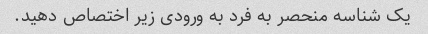
یک شناسه منحصر به فرد به ورودی زیر اختصاص دهید.